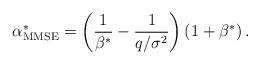
LaTeX: \begin{align*}\alpha^\ast_{\rm{MMSE}} = \left( \frac{1}{\beta^\ast} - \frac{1}{q/\sigma^2} \right) \left( 1+\beta^\ast \right).\end{align*}